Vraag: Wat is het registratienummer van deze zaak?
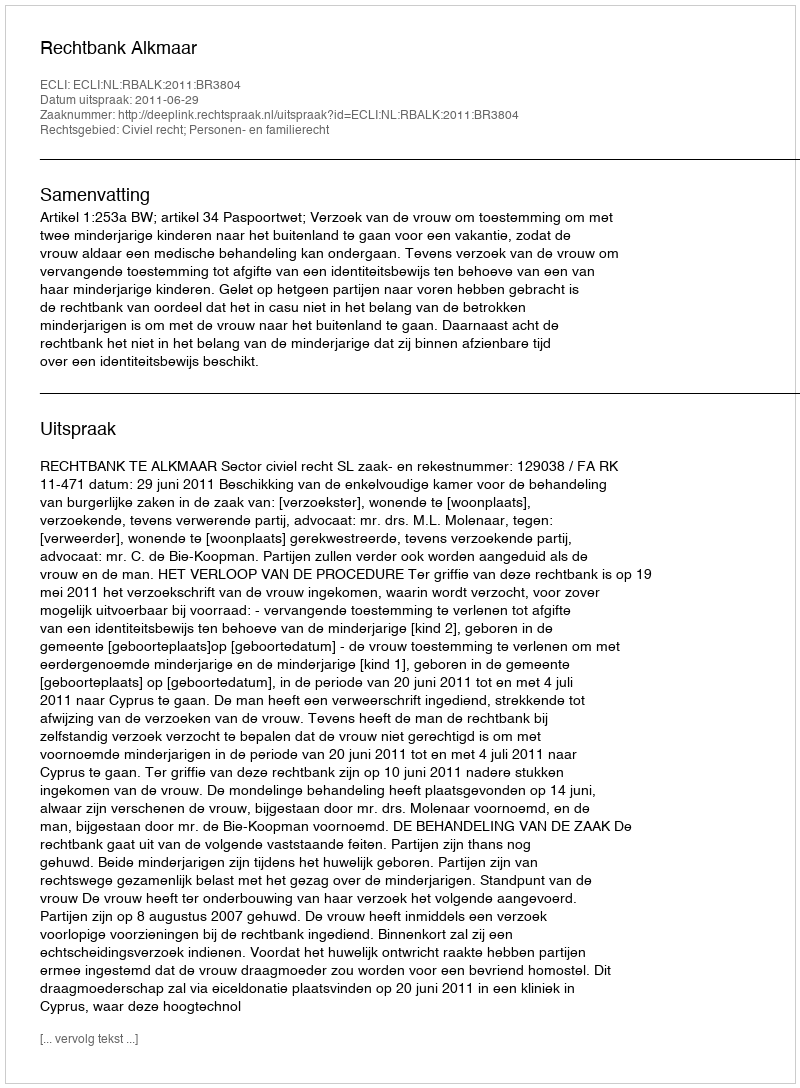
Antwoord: http://deeplink.rechtspraak.nl/uitspraak?id=ECLI:NL:RBALK:2011:BR3804